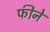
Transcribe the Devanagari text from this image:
फीने